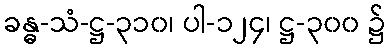
ခန္ဓ-သံ-ဋ္ဌ-၃၁၀၊ ပါ-၁၂၄၊ ဋ္ဌ-၃၀၀ ၌